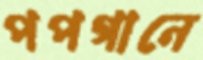
পপগানে